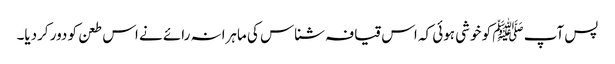
پس آپ ﷺ کو خوشی ہوئی کہ اس قیافہ شناس کی ماہرانہ رائے نے اس طعن کو دور کردیا۔